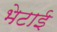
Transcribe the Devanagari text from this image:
भेटाई